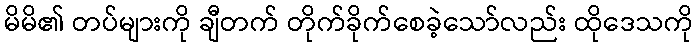
မိမိ၏ တပ်များကို ချီတက် တိုက်ခိုက်စေခဲ့သော်လည်း ထိုဒေသကို